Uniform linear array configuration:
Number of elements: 16
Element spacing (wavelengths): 0.5
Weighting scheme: uniform
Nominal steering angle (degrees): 0
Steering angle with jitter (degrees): -0.8122
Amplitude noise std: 0.05
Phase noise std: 0.05

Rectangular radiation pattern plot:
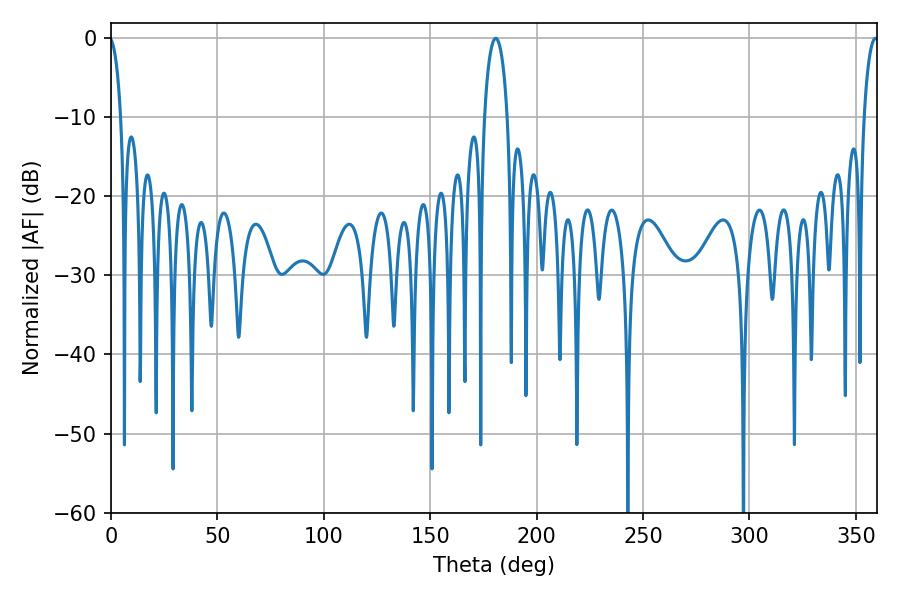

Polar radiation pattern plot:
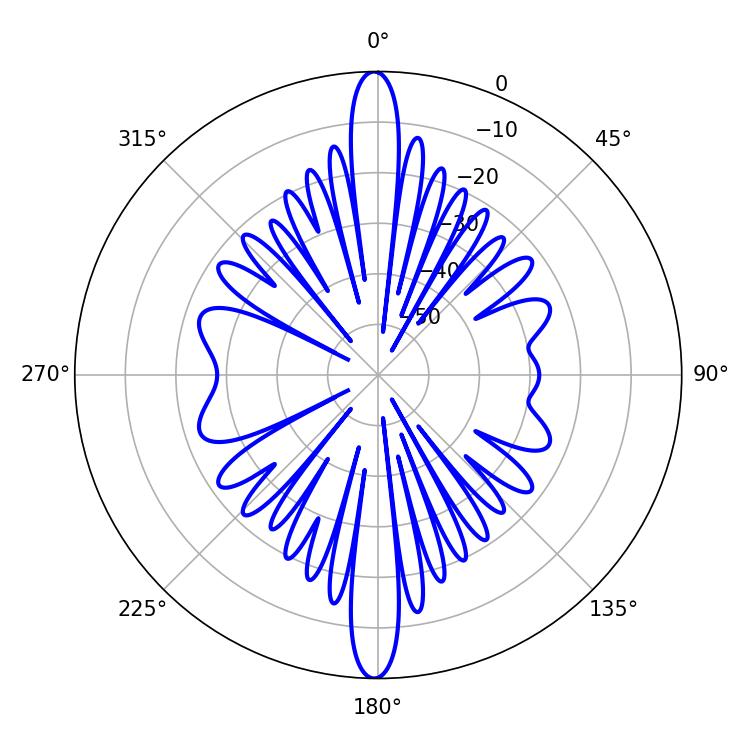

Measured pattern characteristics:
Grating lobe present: FALSE
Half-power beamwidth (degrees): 6.3
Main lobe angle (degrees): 180.72